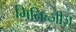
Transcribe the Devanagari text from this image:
मिनिन्जीज़